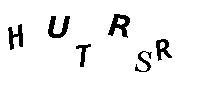
HUTRSR